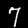
Digit: 7